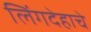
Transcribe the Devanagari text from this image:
लिंगदेहाचे